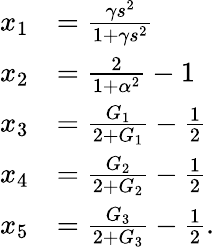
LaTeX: \begin{array}{rl}{x_{1}}&{=\frac{\gamma s^{2}}{1+\gamma s^{2}}}\\ {x_{2}}&{=\frac{2}{1+\alpha^{2}}-1}\\ {x_{3}}&{=\frac{G_{1}}{2+G_{1}}-\frac{1}{2}}\\ {x_{4}}&{=\frac{G_{2}}{2+G_{2}}-\frac{1}{2}}\\ {x_{5}}&{=\frac{G_{3}}{2+G_{3}}-\frac{1}{2}.}\end{array}